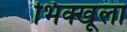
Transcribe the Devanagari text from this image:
भिक्खूला